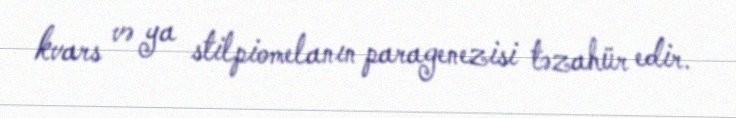
kvars və ya stilpiomelanın paragenezisi təzahür edir.